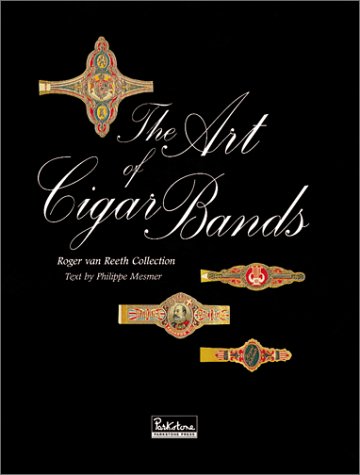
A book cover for The Art of Cigar Bands  Roger van Reeth Collection; Philippe Mesmer; Crafts, Hobbies & Home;